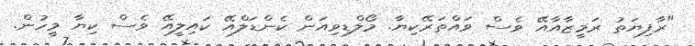
"ރާފިޔަތު ރަމީޒާއާއޭ ވެސް ވައްތަރޭކިޔާ. މޯލްޑިވިއަން ކެންޑަލްއޭ ކައިލީއޭ ވެސް ކިޔާ މީހުން.